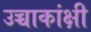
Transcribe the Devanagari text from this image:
उच्चाकांक्षी